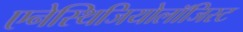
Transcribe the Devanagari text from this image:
एनेस्थिजियोलॉजिस्ट